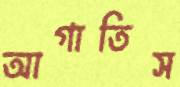
আগাতিস